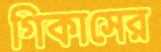
গিকাসের